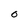
Character: O